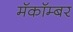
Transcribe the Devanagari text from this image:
मॅकॉम्बर